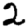
Digit: 2